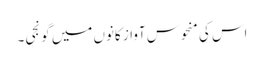
اس کی منحوس آواز کانوں میں گونجی۔